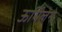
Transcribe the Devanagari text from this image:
ऊर्मिलेने